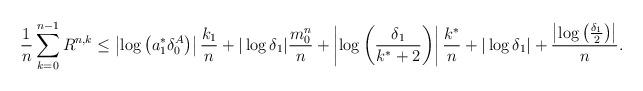
LaTeX: \begin{align*} \frac{1}{n} \sum\limits_{k=0}^{n-1} R^{n,k} \le \left|\log\left(a_1^*\delta_0^A\right)\right|\frac{k_1}{n}+|\log\delta_1|\frac{m^n_0}{n} + \left|\log\left(\frac{\delta_1}{k^* + 2}\right)\right|\frac{k^*}{n} + |\log\delta_1| + \frac{\left| \log\left( \frac{\delta_1}{2}\right)\right|}{n}.\end{align*}